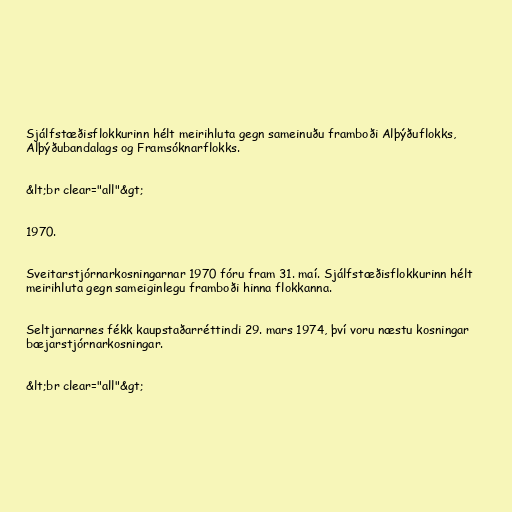
Sjálfstæðisflokkurinn hélt meirihluta gegn sameinuðu framboði Alþýðuflokks,
Alþýðubandalags og Framsóknarflokks.

&lt;br clear="all"&gt;

1970.

Sveitarstjórnarkosningarnar 1970 fóru fram 31. maí. Sjálfstæðisflokkurinn hélt
meirihluta gegn sameiginlegu framboði hinna flokkanna.

Seltjarnarnes fékk kaupstaðarréttindi 29. mars 1974, því voru næstu kosningar
bæjarstjórnarkosningar.

&lt;br clear="all"&gt;